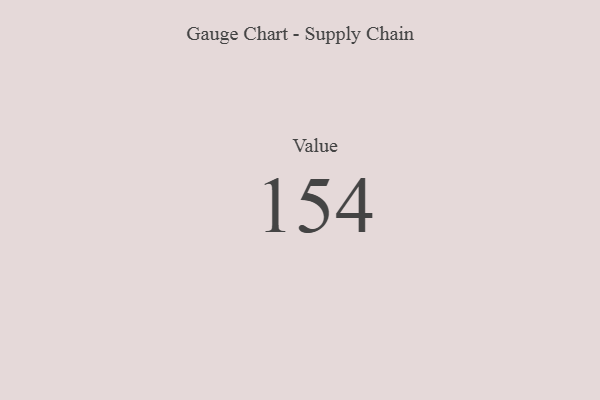
{"axis": {"x": "Metric", "y": "Value"}, "legend": [""], "data": [{"x": "Value", "y": 154, "type": ""}]}